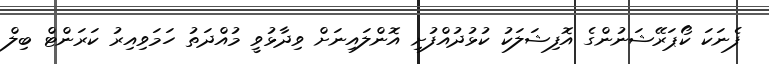
ފެނަކަ ކޯޕަރޭޝަނުންގެ އޮފިޝަލަކު ކުޅުދުއްފުށި އޮންލައިނަށް ވިދާޅުވީ މުއްދަތު ހަމަވިއިރު ކަރަންޓް ބިލް